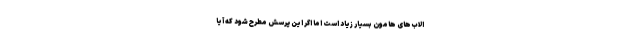
الاب‌های هامون بسیار زیاد است اما اگر این ‌پرسش مطرح شود که آیا ‌